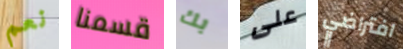
نعم قسمنا بك على افتراضي